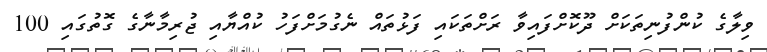
ވިލާގެ ކުންފުނިތަކަށް ދޫކޮށްފައިވާ ރަށްތަކައި ފަޅުތައް ނެގުމަށްފަހު ކުއްޔާއި ޖުރިމާނާގެ ގޮތުގައި 100